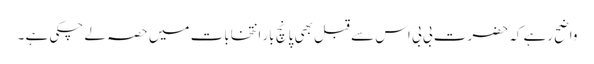
واضح رہے کہ حضرت بی بی اس سے قبل بھی پانچ بار انتخابات میں حصہ لے چکی ہے ۔